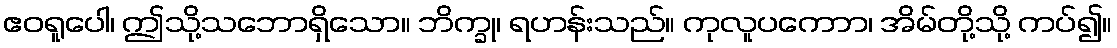
ဧဝရူပေါ၊ ဤသို့သဘောရှိသော။ ဘိက္ခု၊ ရဟန်းသည်။ ကုလူပကောာ၊ အိမ်တို့သို့ ကပ်၍။